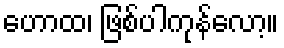
ဟောထ၊ ဖြစ်ပါကုန်လော့။